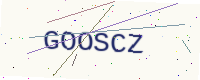
Text: GOOSCZ